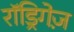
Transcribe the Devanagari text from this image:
रॉड्रिगेज़